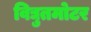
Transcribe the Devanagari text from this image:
विद्युतमोटर